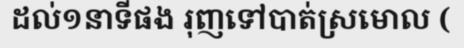
ដល់១នាទីផង រុញទៅបាត់ស្រមោល (